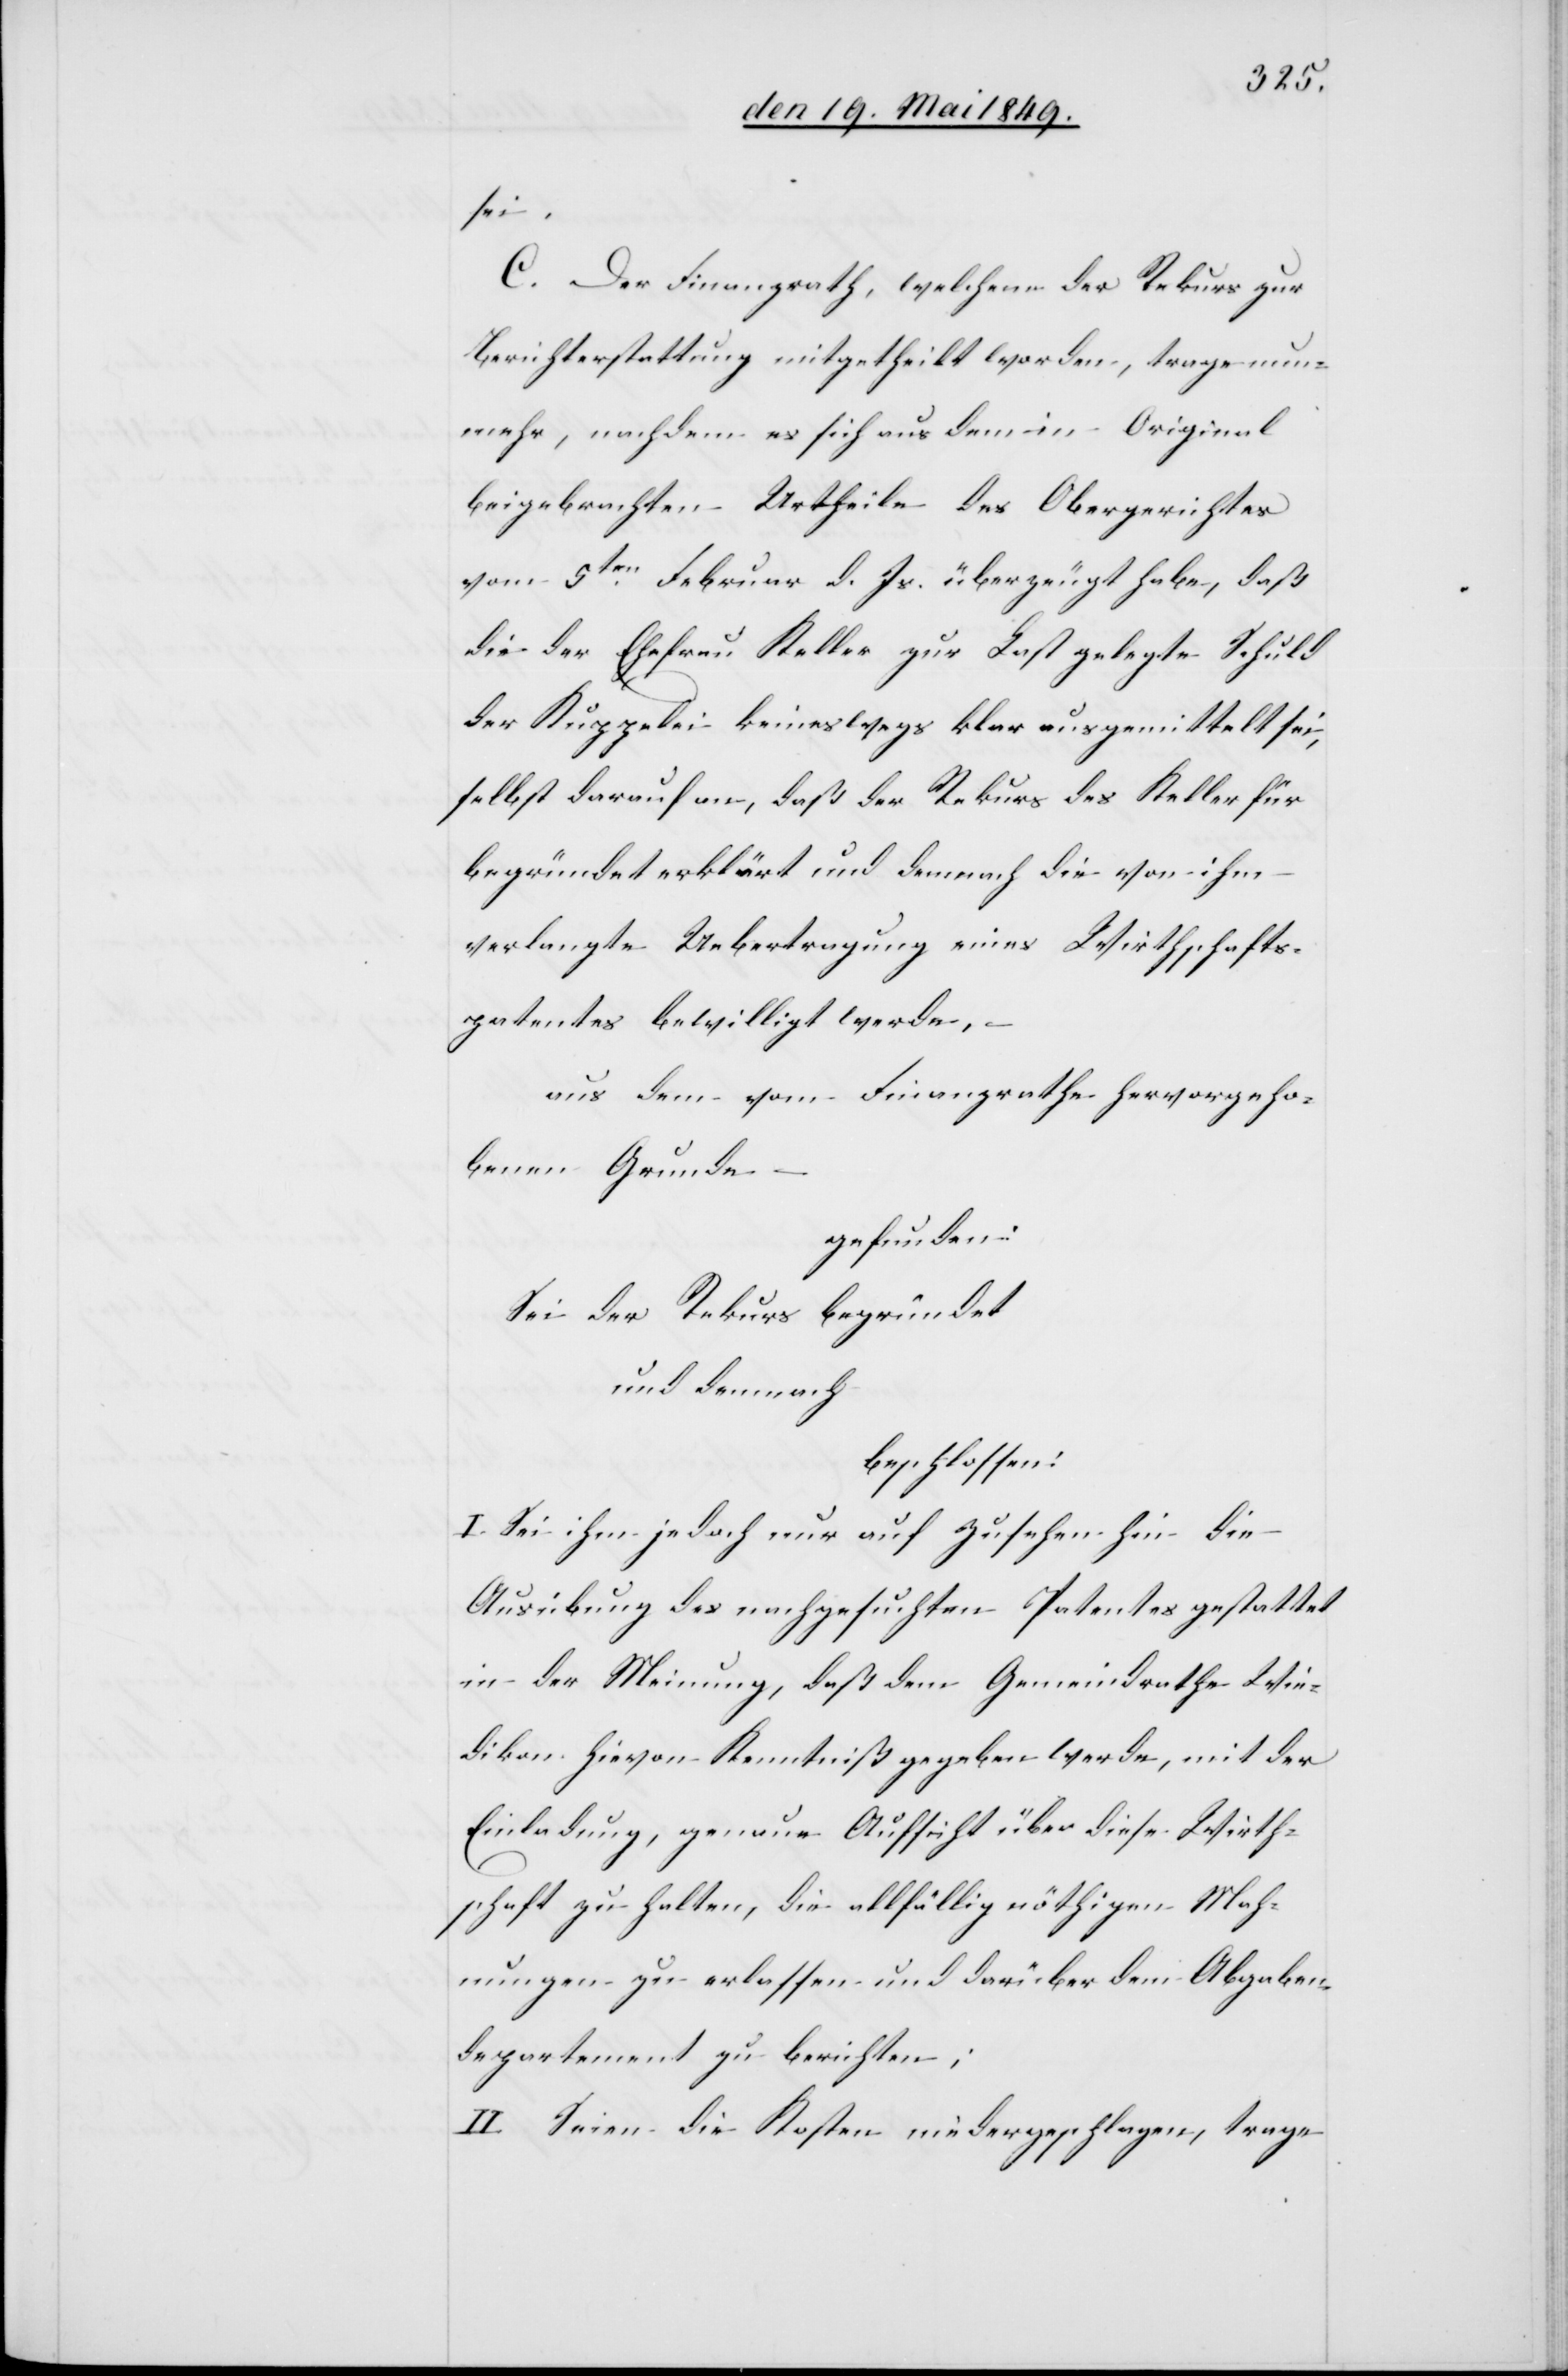
sei.
C. Der Finanzrath, welchem der Rekurs zur
Berichterstattung mitgetheilt worden, trage nun¬
mehr, nachdem es sich aus dem im Original
beigebrachten Urtheile des Obergerichtes
vom 5ten Februar d. Js. überzeugt habe, daß
die der Ehefrau Keller zur Last gelegte Schuld
der Kuppelei keineswegs klar ausgemittelt sei,
selbst darauf an, daß der Rekurs des Keller für
verlangte Uebertragung eines Wirthschafts¬
patentes bewilligt werde, –
aus dem vom Finanzrathe hervorgeho¬
benen Grunde
gefunden:
Sei der Rekurs begründet
und demnach
beschlossen:
I. Sei ihm jedoch nur auf Zusehen hin die
Ausübung des nachgesuchten Patents gestattet
in der Meinung, daß dem Gemeindrathe Wie¬
dikon hievon Kenntniß gegeben werde, mit der
Einladung, genaue Aufsicht über diese Wirth¬
schaft zu halten, die allfällig nöthigen Mah¬
nungen zu erlassen und darüber dem Abgaben¬
departement zu berichten;
II. Seien die Kosten niedergeschlagen, trage